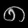
Digit: ၈